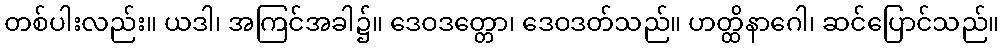
တစ်ပါးလည်း။ ယဒါ၊ အကြင်အခါ၌။ ဒေဝဒတ္တော၊ ဒေဝဒတ်သည်။ ဟတ္ထိနာဂေါ၊ ဆင်ပြောင်သည်။